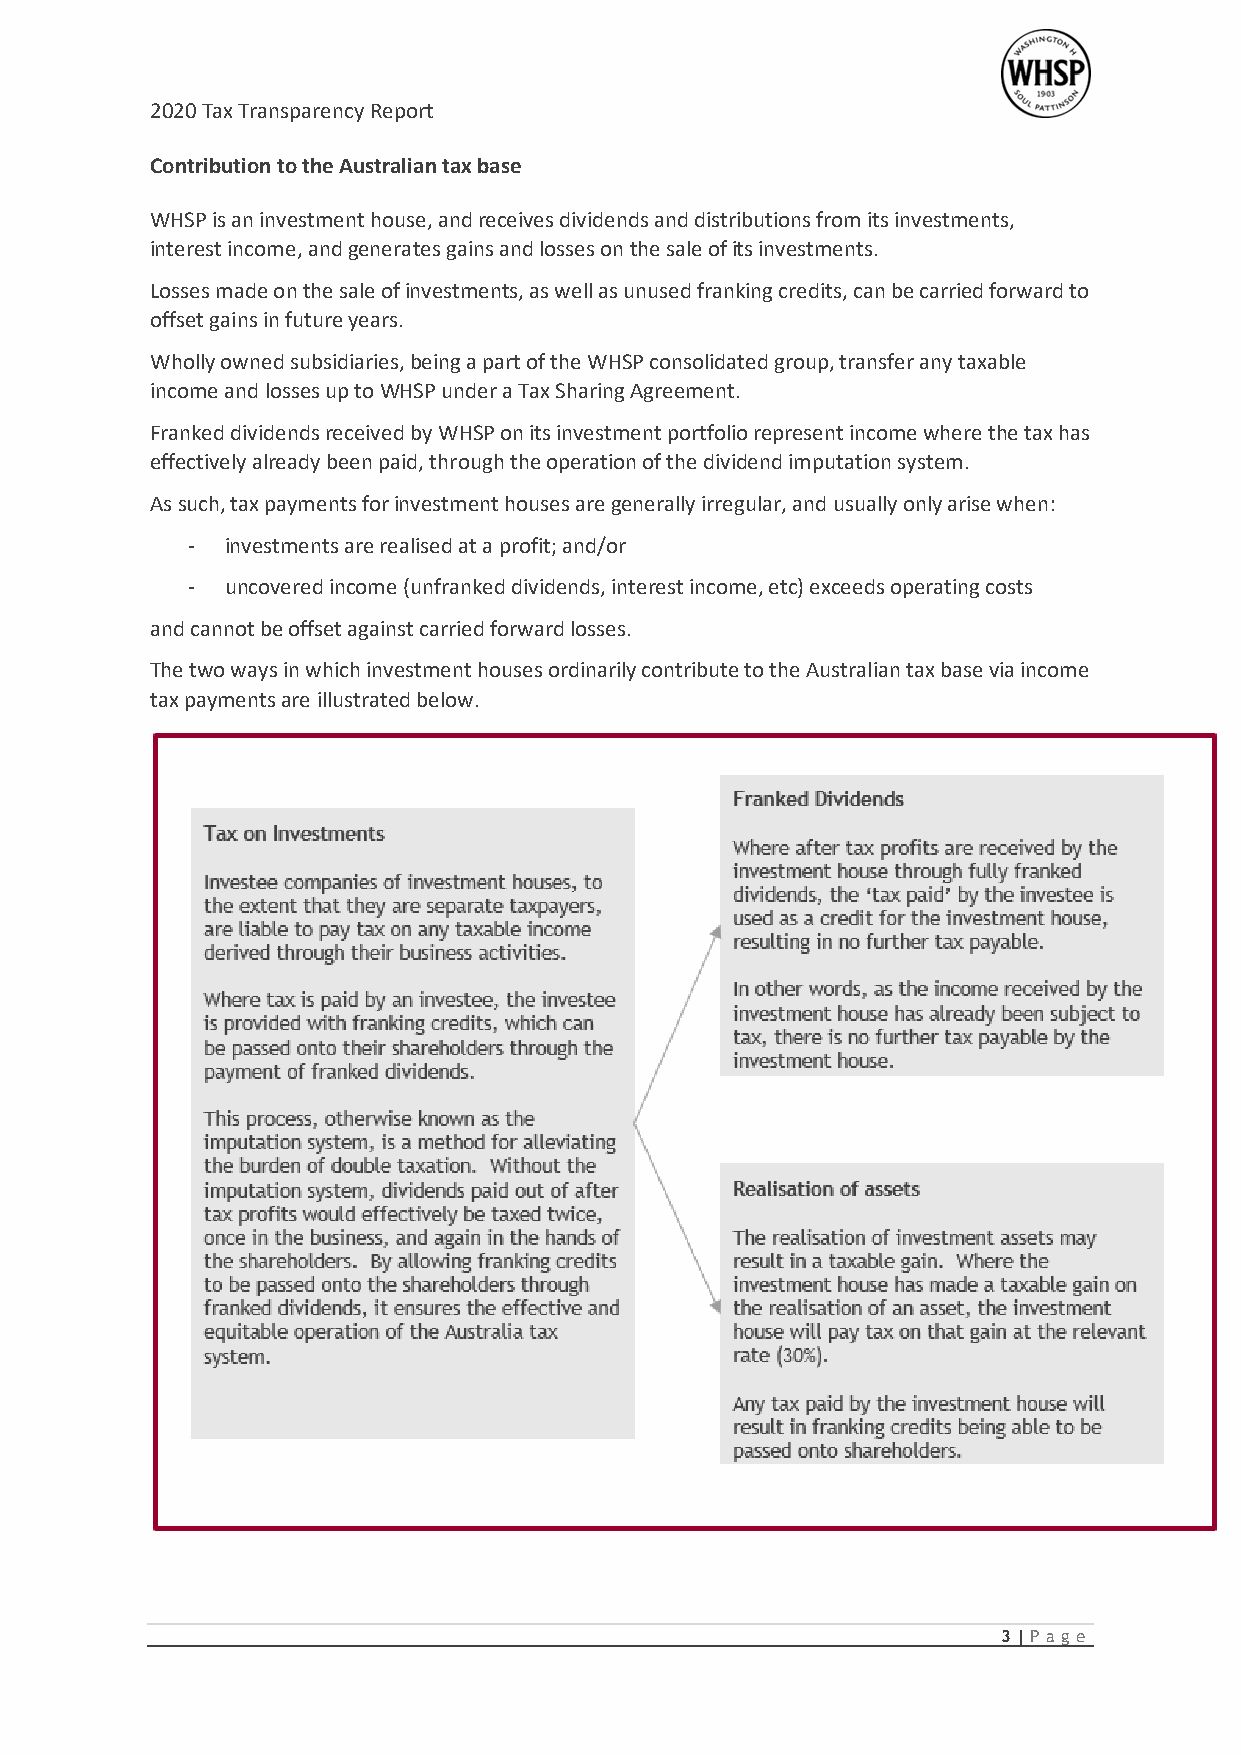
2020 Tax Transparency Report
 Contribution to the Australian tax base
 WHSP is an investment house, and receives dividends and distributions from its investments,
 interest income, and generates gains and losses on the sale of its investments.
 Losses made on the sale of investments, as well as unused franking credits, can be carried forward to
 offset gains in future years.
 Wholly owned subsidiaries, being a part of the WHSP consolidated group, transfer any taxable
 income and losses up to WHSP under a Tax Sharing Agreement.
 Franked dividends received by WHSP on its investment portfolio represent income where the tax has
 effectively already been paid, through the operation of the dividend imputation system.
 As such, tax payments for investment houses are generally irregular, and usually only arise when:
 -  investments are realised at a profit; and/or
 -  uncovered income (unfranked dividends, interest income, etc) exceeds operating costs
 and cannot be offset against carried forward losses.
 The two ways in which investment houses ordinarily contribute to the Australian tax base via income
 tax payments are illustrated below.
 3 | Pag e